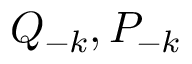
Q _ { - k } , P _ { - k }